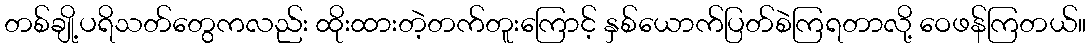
တစ်ချို့ပရိသတ်တွေကလည်း ထိုးထားတဲ့တက်တူးကြောင့် နှစ်ယောက်ပြတ်စဲကြရတာလို့ ဝေဖန်ကြတယ်။